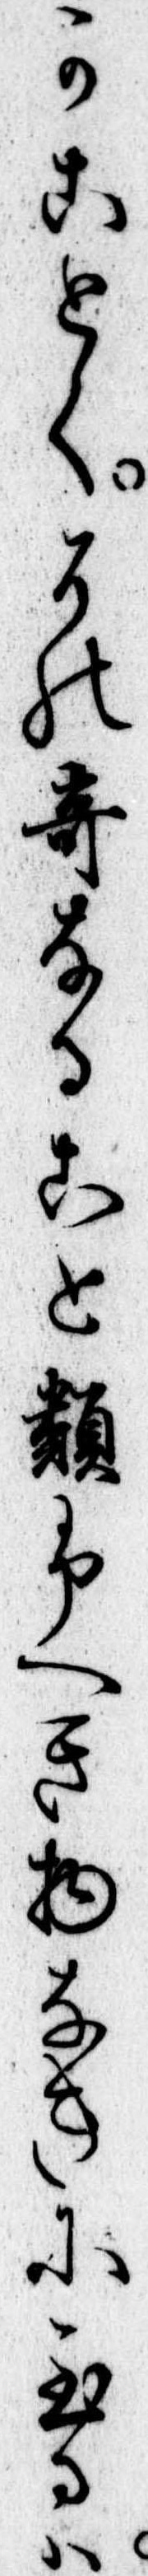
かことくその奇なること類ふへき物なきに至るは